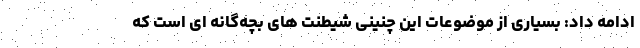
ادامه داد: بسیاری از موضوعات این چنینی شیطنت های بچه‌گانه ای است که